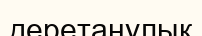
деретанулық